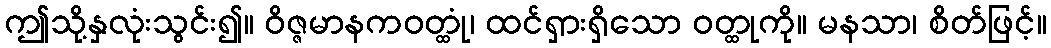
ဤသို့နှလုံးသွင်း၍။ ဝိဇ္ဇမာနကဝတ္ထုံ၊ ထင်ရှားရှိသော ဝတ္ထုကို။ မနသာ၊ စိတ်ဖြင့်။